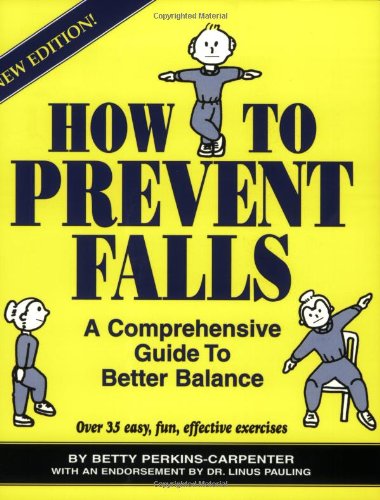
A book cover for How To Prevent Falls: A Comprehensive Guide to Better Balance; Betty Perkins-Carpenter; Health, Fitness & Dieting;